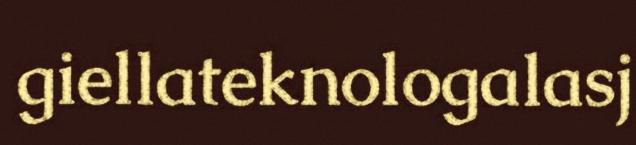
giellateknologalasj